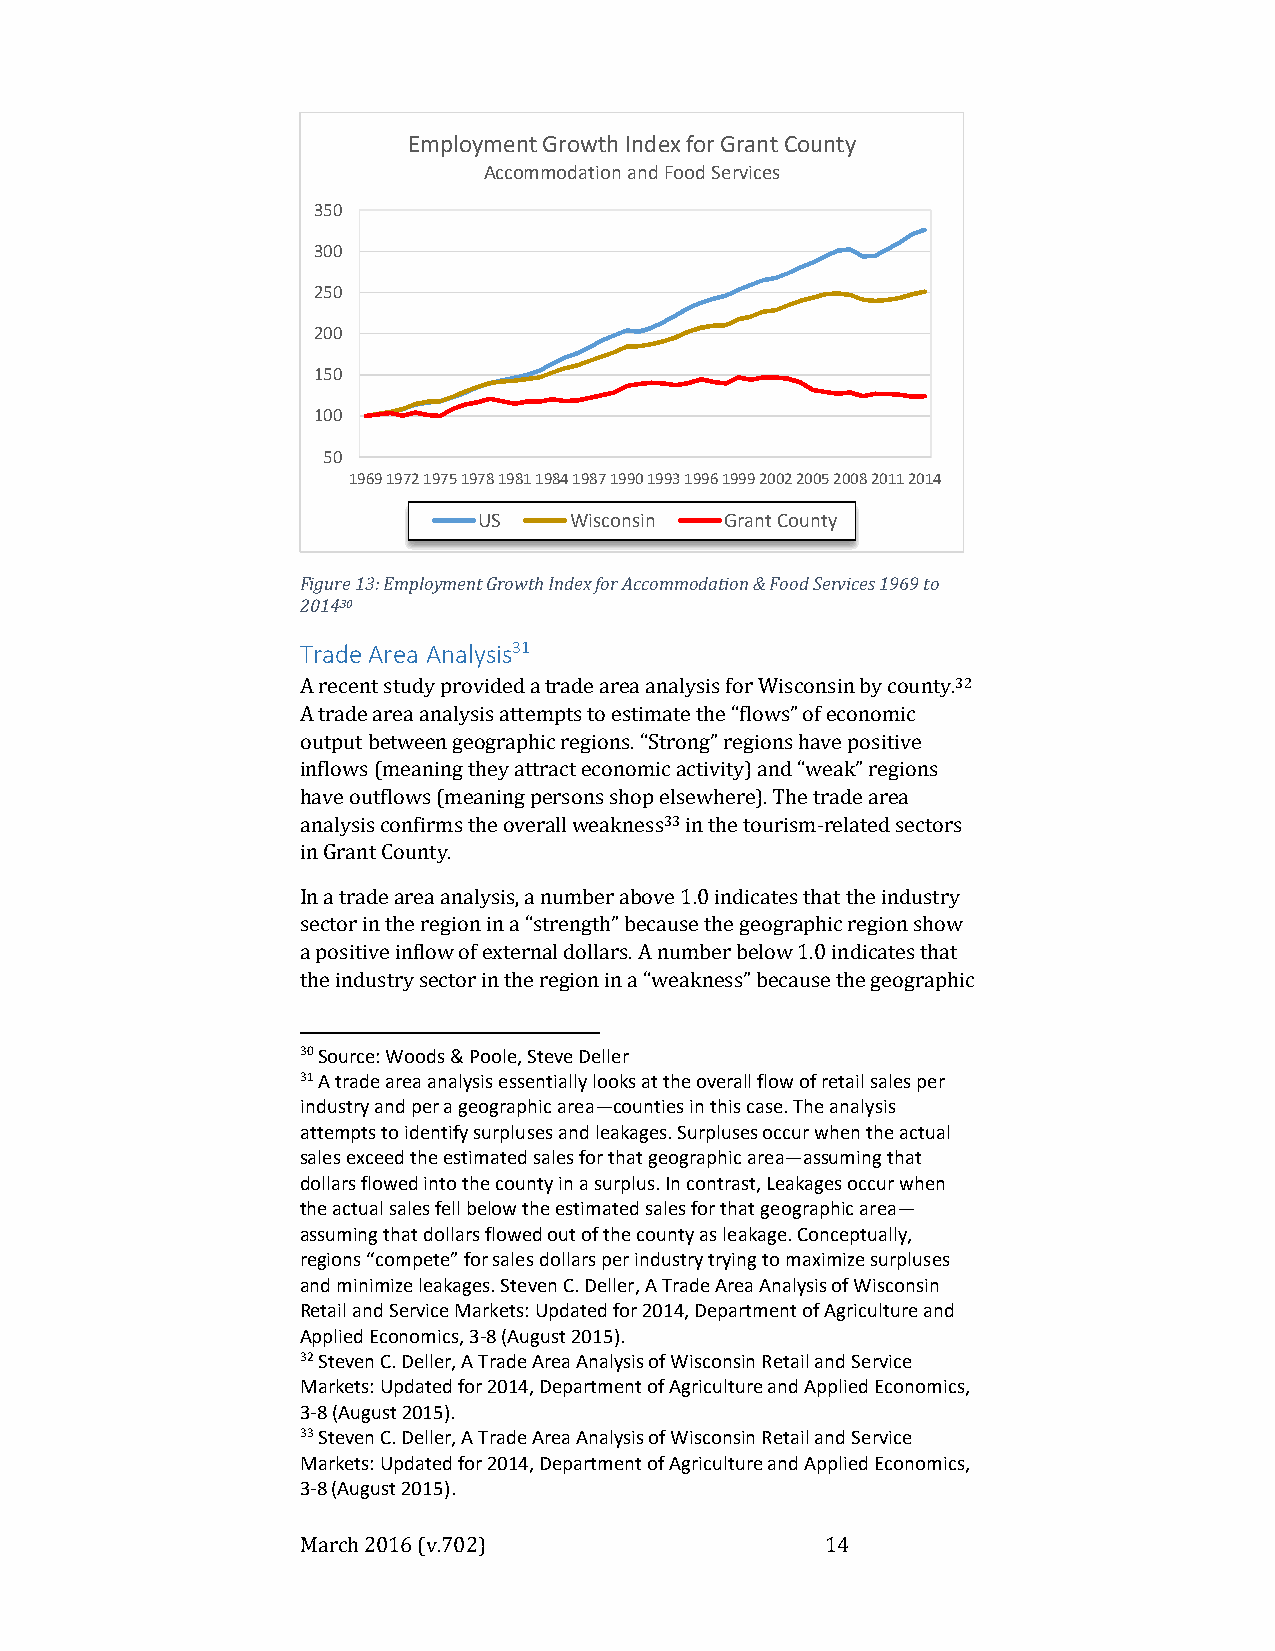
Employment Growth Index for Grant County
 Accommodation and Food Services
 350
 300
 250
 200
 150
 100
 50
 1969197219751978198119841987199019931996199920022005200820112014
 US    Wisconsin Grant County
 Figure 13: Employment Growth Index for Accommodation & Food Services 1969 to
 201430
 Trade Area Analysis31
 A recent study provided a trade area analysis for Wisconsin by county.32
 A trade area analysis attempts to estimate the “flows” of economic
 output between geographic regions. “Strong” regions have positive
 inflows (meaning they attract economic activity) and “weak” regions
 have outflows (meaning persons shop elsewhere). The trade area
 analysis confirms the overall weakness33 in the tourism-related sectors
 in Grant County.
 In a trade area analysis, a number above 1.0 indicates that the industry
 sector in the region in a “strength” because the geographic region show
 a positive inflow of external dollars. A number below 1.0 indicates that
 the industry sector in the region in a “weakness” because the geographic
 30 Source: Woods & Poole, Steve Deller
 31 A trade area analysis essentially looks at the overall flow of retail sales per
 industry and per a geographic area—counties in this case. The analysis
 attempts to identify surpluses and leakages. Surpluses occur when the actual
 sales exceed the estimated sales for that geographic area—assuming that
 dollars flowed into the county in a surplus. In contrast, Leakages occur when
 the actual sales fell below the estimated sales for that geographic area—
 assuming that dollars flowed out of the county as leakage. Conceptually,
 regions “compete” for sales dollars per industry trying to maximize surpluses
 and minimize leakages. Steven C. Deller, A Trade Area Analysis of Wisconsin
 Retail and Service Markets: Updated for 2014, Department of Agriculture and
 Applied Economics, 3-8 (August 2015).
 32 Steven C. Deller, A Trade Area Analysis of Wisconsin Retail and Service
 Markets: Updated for 2014, Department of Agriculture and Applied Economics,
 3-8 (August 2015).
 33 Steven C. Deller, A Trade Area Analysis of Wisconsin Retail and Service
 Markets: Updated for 2014, Department of Agriculture and Applied Economics,
 3-8 (August 2015).
 March 2016 (v.702)                 14